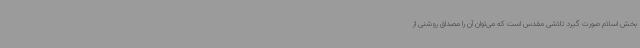
بخش اسلام صورت گیرد تلاشی مقدس است که می‌توان آن را مصداق روشنی از